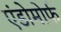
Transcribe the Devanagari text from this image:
एंडोमोर्फ